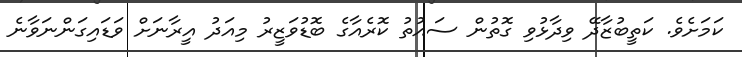
ކަމަށެވެ. ކަތީބުޒާދޭ ވިދާޅުވި ގޮތުން ސައުތު ކޮރެއާގެ ބޮޑުވަޒީރު މިއަދު އީރާނަށް ވަޑައިގަންނަވާނެ